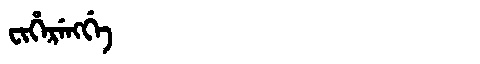
Manchu: ᠸᡳᡥᡝᡵᡝᠩᡤᡝ
Romanization: FIHERENGGE